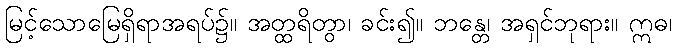
မြင့်သောမြေရှိရာအရပ်၌။ အတ္ထရိတွာ၊ ခင်း၍။ ဘန္တေ၊ အရှင်ဘုရား။ ဣဓ၊